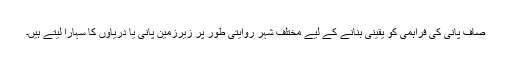
صاف پانی کی فراہمی کو یقینی بنانے کے لیے مختلف شہر روایتی طور پر زیرزمین پانی یا دریاؤں کا سہارا لیتے ہیں۔